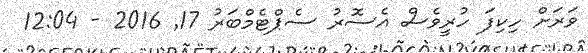
ވަރަށް ހިކިފަ ހުރީވެސް އެސޮރު ސެޕްޓެމްބަރު 17